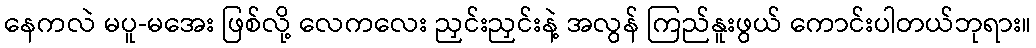
နေကလဲ မပူ-မအေး ဖြစ်လို့ လေကလေး ညှင်းညှင်းနဲ့ အလွန် ကြည်နူးဖွယ် ကောင်းပါတယ်ဘုရား။